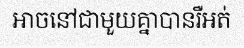
អាចនៅជាមួយគ្នាបានរឺអត់